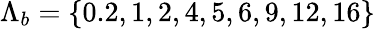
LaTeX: {\Lambda}_{b}=\{ 0.2,1,2,4,5,6,9,12,16\}